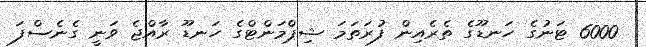
6000 ޓަނުގެ ހަނޑޫގެ ތެރެއިން ފުރަތަމަ ޝިޕްމަންޓްގެ ހަނޑޫ ރާއްޖެ ވަނީ ގެނެސްފަ